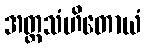
အတ္ထသံဟိတောယံ